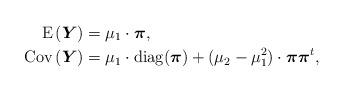
LaTeX: \begin{align*}\operatorname{E}\left(\boldsymbol{Y}\right) & = \mu_1 \cdot \boldsymbol{\pi}, \\\operatorname{Cov}\left(\boldsymbol{Y}\right) & = \mu_1 \cdot \textrm{diag}(\boldsymbol{\pi}) + (\mu_2-\mu_1^2) \cdot \boldsymbol{\pi} \boldsymbol{\pi}^t, \end{align*}